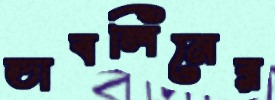
ডাবলিনের